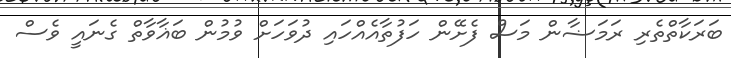
ބަރަކާތްތެރި ރަމަޟާން މަސް ފެށޭން ހަފުތާއެއްހައި ދުވަހަށް ވުމުން ބަޣާވާތް ގެނައީ ވެސް